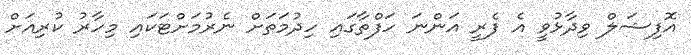
އޮފިޝަލް ވިދާޅުވީ އެ ފެރީ އަންނަ ހަފްތާގައި ހިދުމަތަށް ނެރުމަށްޓަކައި މިހާރު ކުރިއަށް